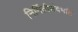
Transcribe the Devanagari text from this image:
निर्मितीसंदर्भात